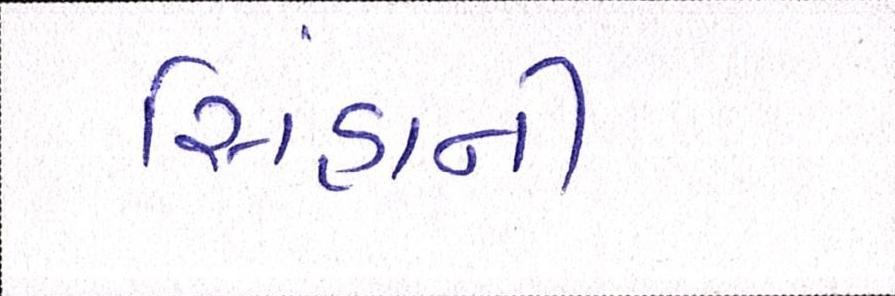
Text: સિંહાની